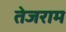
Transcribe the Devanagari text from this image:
तेजराम